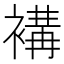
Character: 褠